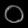
Digit: ၀